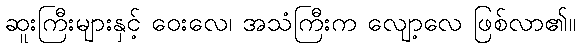
ဆူးကြီးများနှင့် ဝေးလေ၊ အသံကြီးက လျော့လေ ဖြစ်လာ၏။